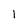
Character: 1